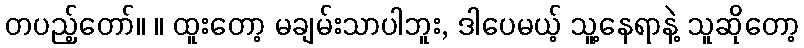
တပည့်တော်။ ။ ထူးတော့ မချမ်းသာပါဘူး, ဒါပေမယ့် သူ့နေရာနဲ့ သူဆိုတော့